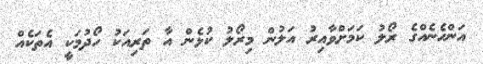
އަންހެނެއްގެ ރޯލު ކަމަށްވާއިރު އަލުން މިރޯލު ކުޅެން އާ ތަރިއަކު ހޯދުމަކީ އެތަކެއް